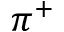
\pi ^ { + }